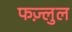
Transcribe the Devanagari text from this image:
फज़्लुल